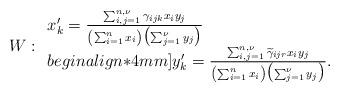
LaTeX: \begin{align*}W:\begin{array}{ll}x_{k}' = \frac{\sum_{i,j=1}^{n,\nu}\gamma_{ijk}x_{i}y_{j}}{\left(\sum_{i=1}^{n}x_{i}\right)\bigl(\sum_{j=1}^{\nu}y_{j}\bigr)}\\begin{align*}4mm]y_{k}'= \frac{\sum_{i,j=1}^{n,\nu}\widetilde{\gamma}_{ijr}x_{i}y_{j}}{\left(\sum_{i=1}^{n}x_{i}\right)\bigl(\sum_{j=1}^{\nu}y_{j}\bigr)}.\end{array}\end{align*}